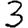
Digit: 3